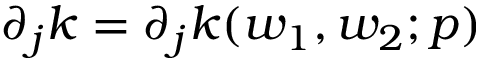
\partial _ { j } k = \partial _ { j } k ( w _ { 1 } , w _ { 2 } ; p )